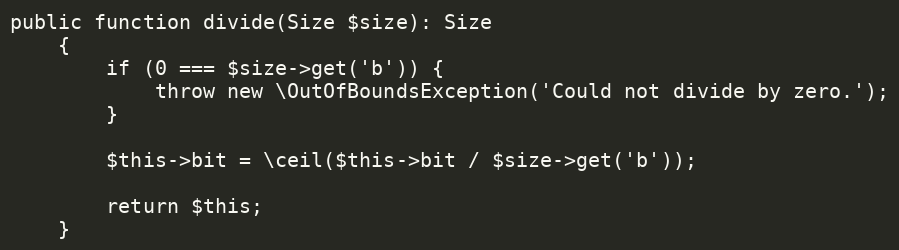
Language: PHP
public function divide(Size $size): Size
    {
        if (0 === $size->get('b')) {
            throw new \OutOfBoundsException('Could not divide by zero.');
        }

        $this->bit = \ceil($this->bit / $size->get('b'));

        return $this;
    }